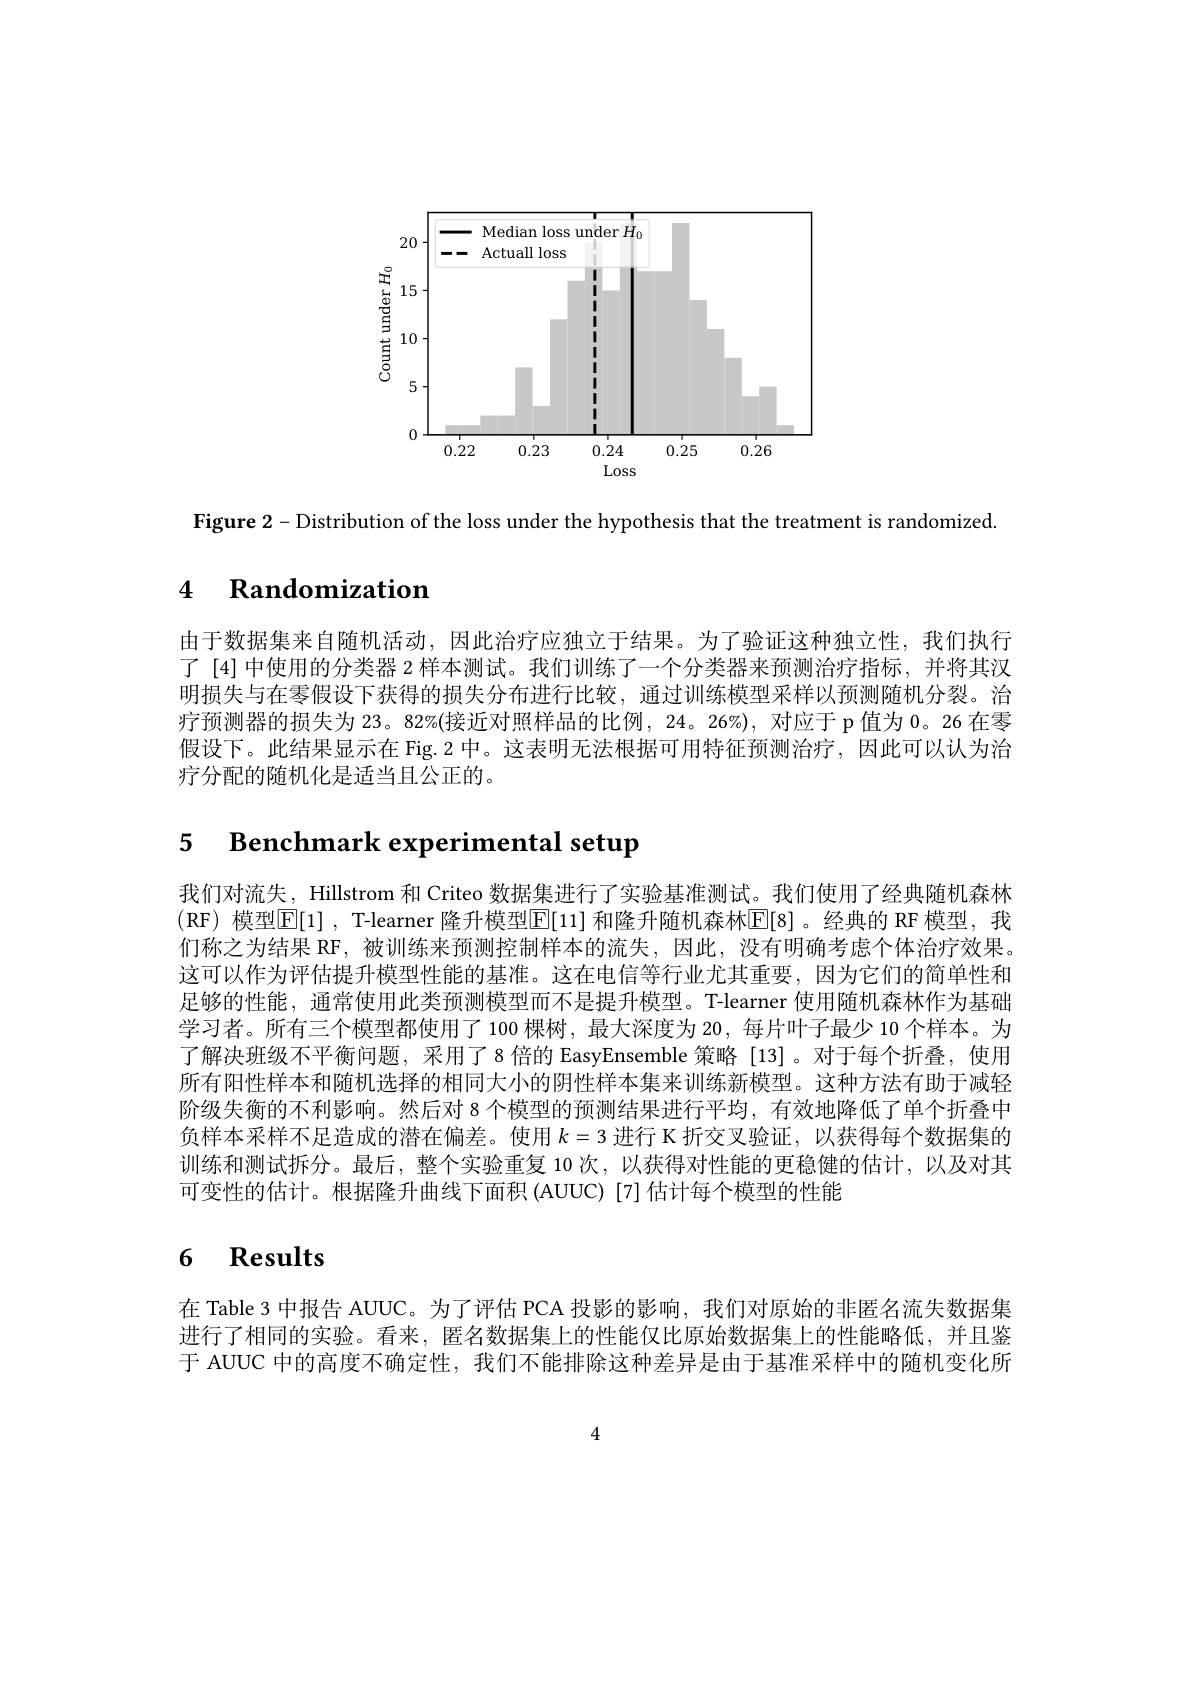
<FigureHere>

$\textbf{Figure 2- Distribution of the loss under the hypothesis that the treatment is randomized}$

# 4 $\textbf{Randomization}$

由于数据集来自随机活动，因此治疗应独立于结果。为了验证这种独立性，我们执行了 [4] 中使用的分类器 2 样本测试。我们训练了一个分类器来预测治疗指标，并将其汉明损失与在零假设下获得的损失分布进行比较，通过训练模型采样以预测随机分裂。治疗预测器的损失为 23。82%(接近对照样品的比例，24。26%), 对应于 p 值为 0。26 在零假设下。此结果显示在 Fig.2 中。这表明无法根据可用特征预测治疗，因此可以认为治疗分配的随机化是适当且公正的。

5 $\textbf{Benchmark experimental setup}$

我们对流失，Hillstrom 和 Criteo 数据集进行了实验基准测试。我们使用了经典随机森林(RF) 模型[E[1] , T-learner 隆升模型E[11] 和隆升随机森林[E[8]。经典的 RF 模型，我们称之为结果 RF,被训练来预测控制样本的流失，因此，没有明确考虑个体治疗效果。这可以作为评估提升模型性能的基准。这在电信等行业尤其重要，因为它们的简单性和足够的性能，通常使用此类预测模型而不是提升模型。T-learner 便用随机森林作为基础学习者。所有三个模型都使用了100 棵树，最大深度为 20 , 每片叶子最少 10 个样本。为了解决班级不平衡问题，采用了8 倍的 EasyEnsemble 策略 [13]。对于每个折叠，使用所有阳性样本和随机选择的相同大小的阴性样本集来训练新模型。这种方法有助于减轻阶级失衡的不利影响。然后对 8个模型的预测结果进行平均，有效地降低了单个折叠中负样本采样不足造成的潜在偏差。使用$k=3$进行 K 折交叉验证，以获得每个数据集的训练和测试拆分。最后，整个实验重复 10 次，以获得对性能的更稳健的估计，以及对其可变性的估计。根据隆升曲线下面积(AUUC)[7]估计每个模型的性能

# 6 Results

在 Table 3 中报告 AUUC。为了评估 PCA 投影的影响，我们对原始的非匿名流失数据集进行了相同的实验。看来，匿名数据集上的性能仅比原始数据集上的性能略低，并且鉴于 AUUC 中的高度不确定性，我们不能排除这种差异是由于基准采样中的随机变化所

4